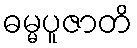
ဓမ္မပူဇာတိ